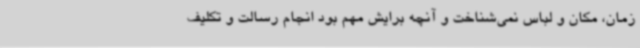
زمان، مکان و لباس نمی‌شناخت و آنچه برایش مهم بود انجام رسالت و تکلیف